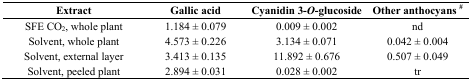
<table><thead><tr><td><b>Extract</b></td><td><b>Gallic acid</b></td><td><b>Cyanidin 3-<i>O</i>-glucoside</b></td><td><b>Other anthocyans <sup>#</sup></b></td></tr></thead><tbody><tr><td>SFE CO<sub>2</sub>, whole plant</td><td>1.184 ± 0.079</td><td>0.009 ± 0.002</td><td>nd</td></tr><tr><td>Solvent, whole plant</td><td>4.573 ± 0.226</td><td>3.134 ± 0.071</td><td>0.042 ± 0.004</td></tr><tr><td>Solvent, external layer</td><td>3.413 ± 0.135</td><td>11.892 ± 0.676</td><td>0.507 ± 0.049</td></tr><tr><td>Solvent, peeled plant</td><td>2.894 ± 0.031</td><td>0.028 ± 0.002</td><td>tr</td></tr></tbody></table>